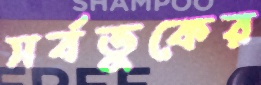
সর্বভুকের